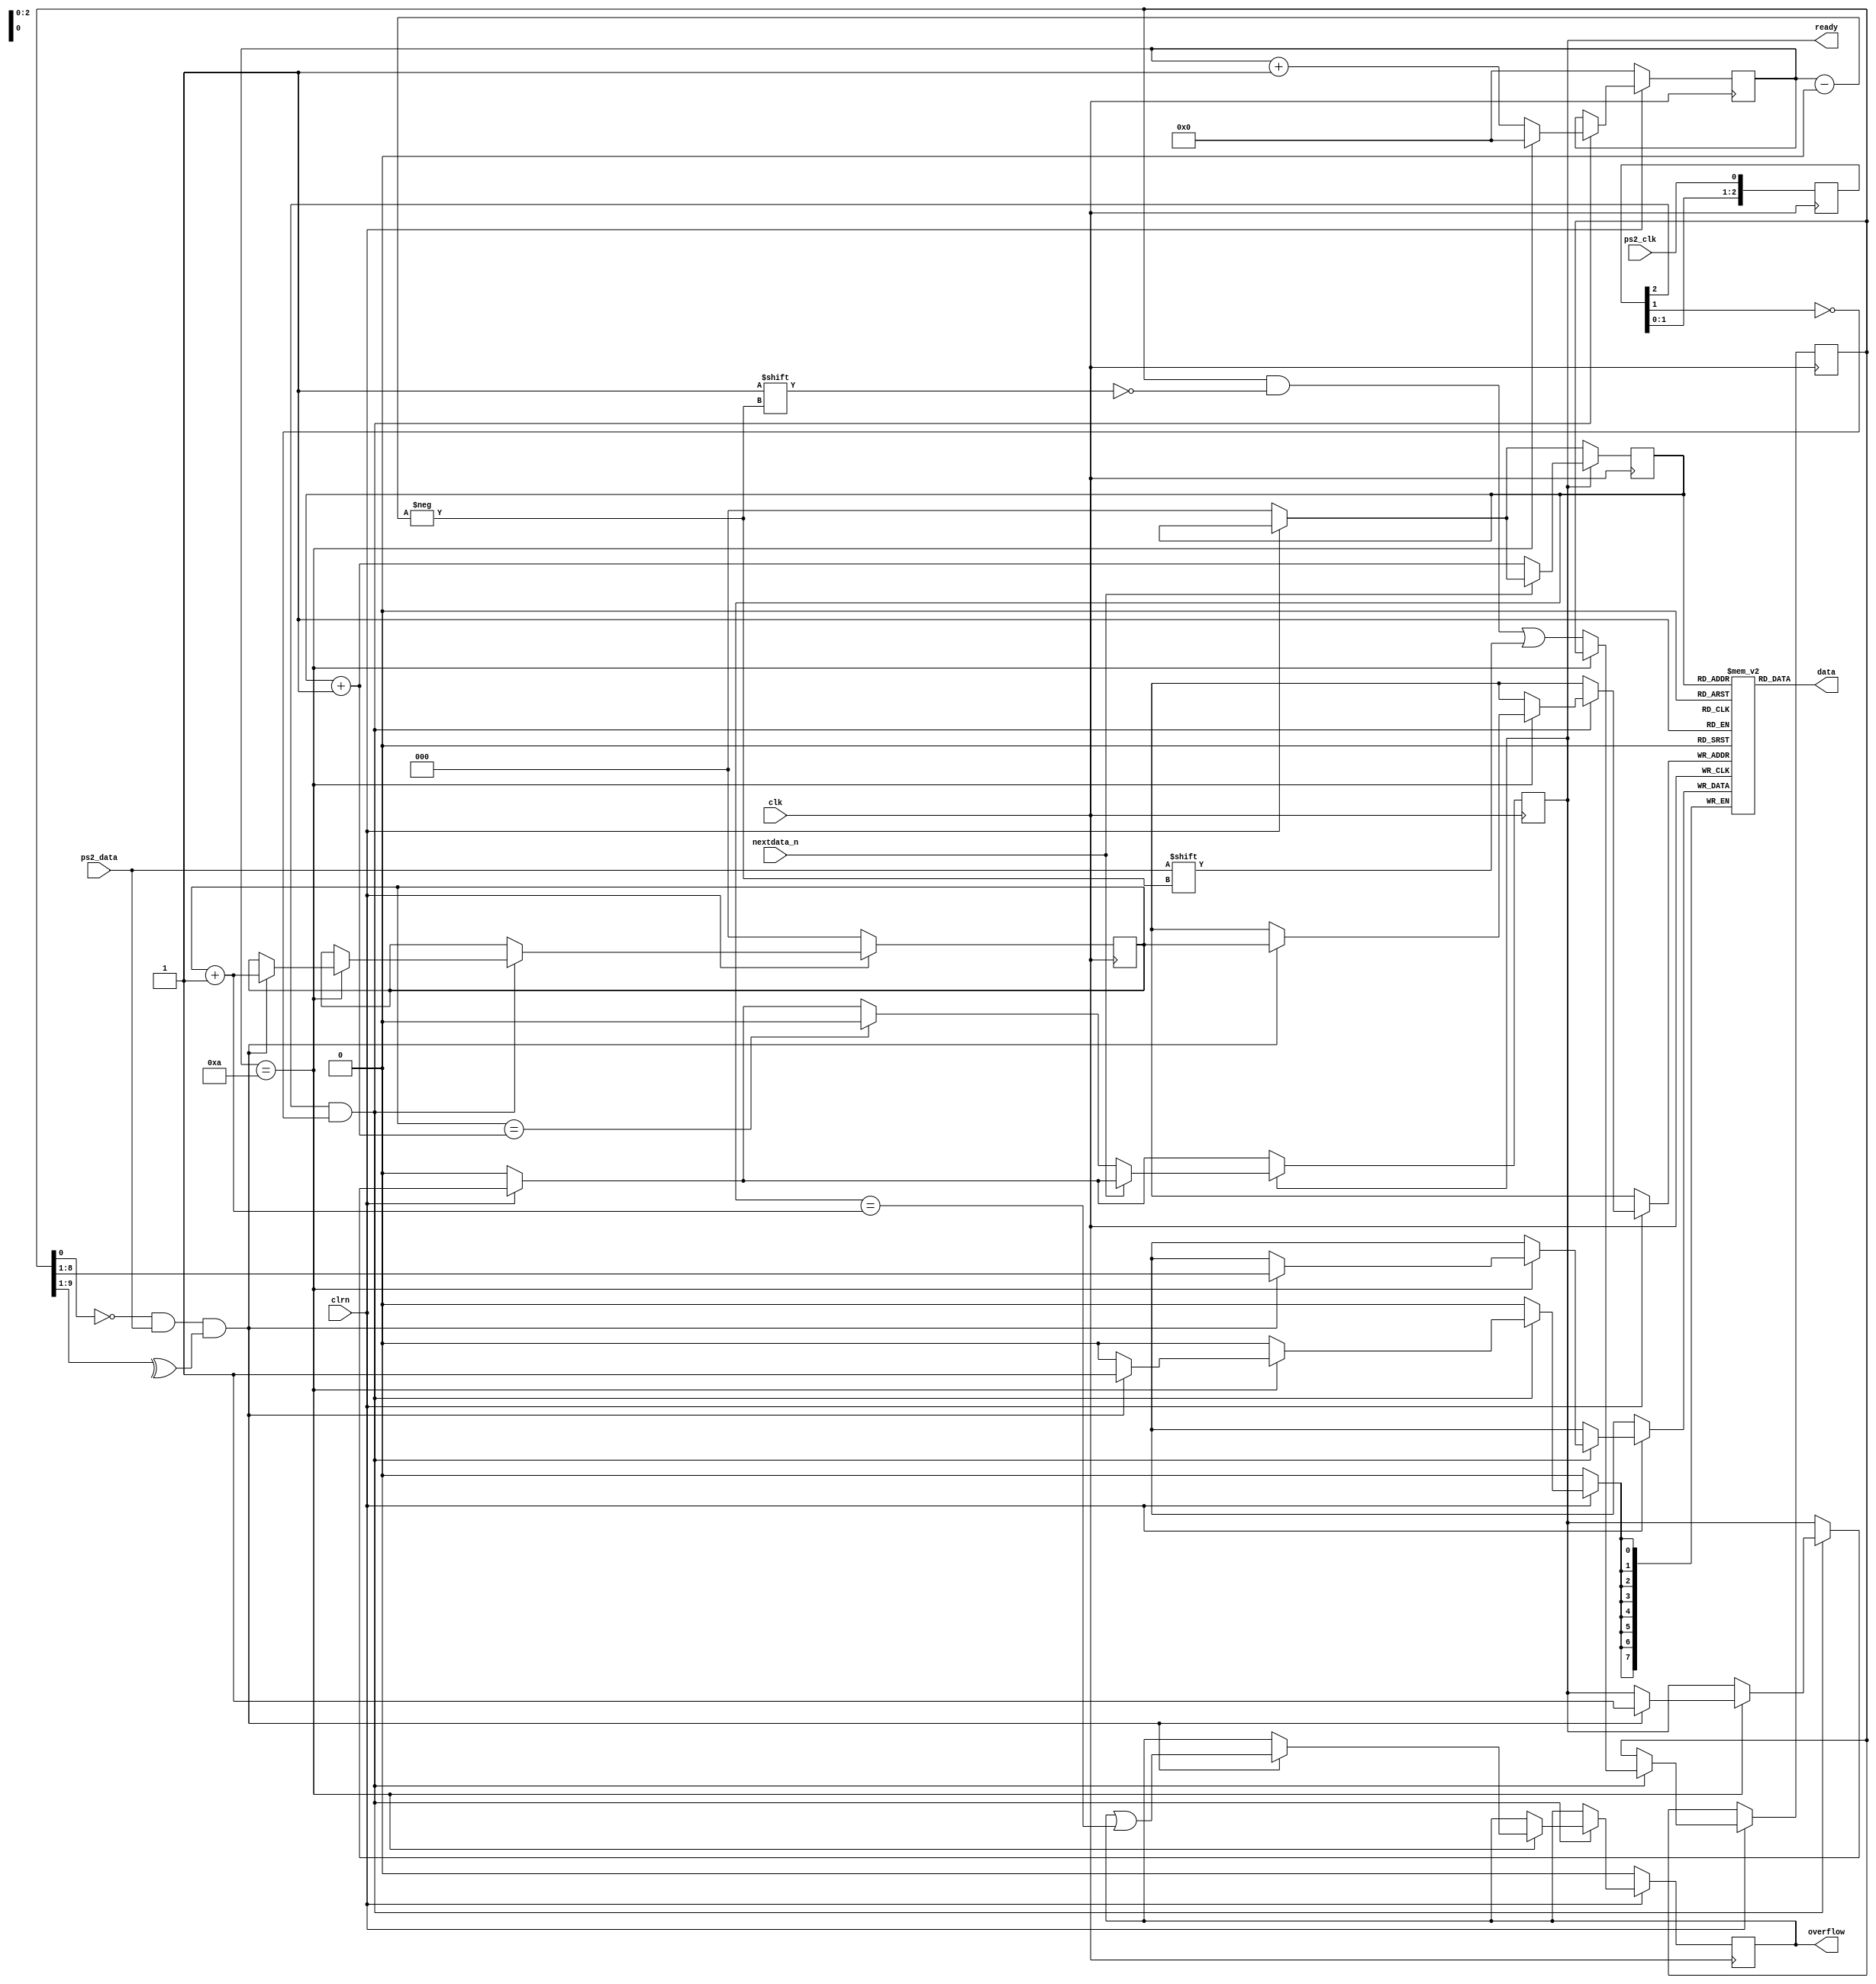
module ps2_keyboard(clk,clrn,ps2_clk,ps2_data,data,ready,nextdata_n,overflow);
    input clk,clrn,ps2_clk,ps2_data;
	 input nextdata_n;
    output [7:0] data;
    output reg ready;
    output reg overflow;     
    reg [9:0] buffer;    
    reg [7:0] fifo[7:0];
	 reg [2:0] w_ptr,r_ptr;
    reg [3:0] count;
    reg [2:0] ps2_clk_sync;
    always @(posedge clk) begin
        ps2_clk_sync <=  {ps2_clk_sync[1:0],ps2_clk};
    end
    wire sampling = ps2_clk_sync[2] & ~ps2_clk_sync[1];
    always @(posedge clk) begin
        if (clrn == 0) begin
            count <= 0; w_ptr <= 0; r_ptr <= 0; overflow <= 0; ready<= 0;
        end
		else if (sampling) begin
            if (count == 4'd10) begin
                if ((buffer[0] == 0) && 
                    (ps2_data)       &&
                    (^buffer[9:1])) begin   
                    fifo[w_ptr] <= buffer[8:1]; 
                    w_ptr <= w_ptr+3'b1;
                    ready <= 1'b1;
                    overflow <= overflow | (r_ptr == (w_ptr + 3'b1));
                end
                count <= 0;    
            end else begin
                buffer[count] <= ps2_data; 
                count <= count + 3'b1;
            end      
        end
        if ( ready ) begin 
				if(nextdata_n == 1'b0) 
				begin
				   r_ptr <= r_ptr + 3'b1; 
					if(w_ptr==(r_ptr+1'b1)) 
					     ready <= 1'b0;
				end           
        end
    end

    assign data = fifo[r_ptr];
endmodule